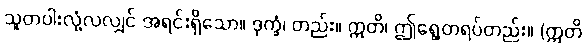
သူတပါးလုံ့လလျှင် အရင်းရှိသော။ ဒုက္ခံ၊ တည်း။ ဣတိ၊ ဤရွေ့တရပ်တည်း။ (ဣတိ